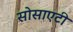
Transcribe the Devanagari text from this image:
सोसाएटी